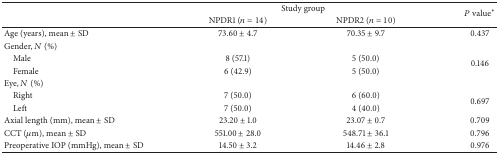
|  | <COLSPAN=2> Study group | <ROWSPAN=2> P value∗ |
 |  | NPDR1 (n = 14) | NPDR2 (n = 10) |
 | --- | --- | --- | --- |
 | Age (years), mean ± SD | 73.60 ± 4.7 | 70.35 ± 9.7 | 0.437 |
 | Gender, N (%) |  |  |  |
 | Male | 8 (57.1) | 5 (50.0) | <ROWSPAN=2> 0.146 |
 | Female | 6 (42.9) | 5 (50.0) |
 | Eye, N (%) |  |  |  |
 | Right | 7 (50.0) | 6 (60.0) | <ROWSPAN=2> 0.697 |
 | Left | 7 (50.0) | 4 (40.0) |
 | Axial length (mm), mean ± SD | 23.20 ± 1.0 | 23.07 ± 0.7 | 0.709 |
 | CCT (μm), mean ± SD | 551.00 ± 28.0 | 548.71 ± 36.1 | 0.796 |
 | Preoperative IOP (mmHg), mean ± SD | 14.50 ± 3.2 | 14.46 ± 2.8 | 0.976 |